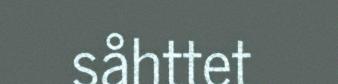
såhttet